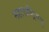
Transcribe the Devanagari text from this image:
महाराष्ट्रिवत्